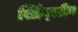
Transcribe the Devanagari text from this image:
स्प्रिंग्स्टीन